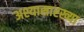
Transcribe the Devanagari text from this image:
अश्यासारख्या